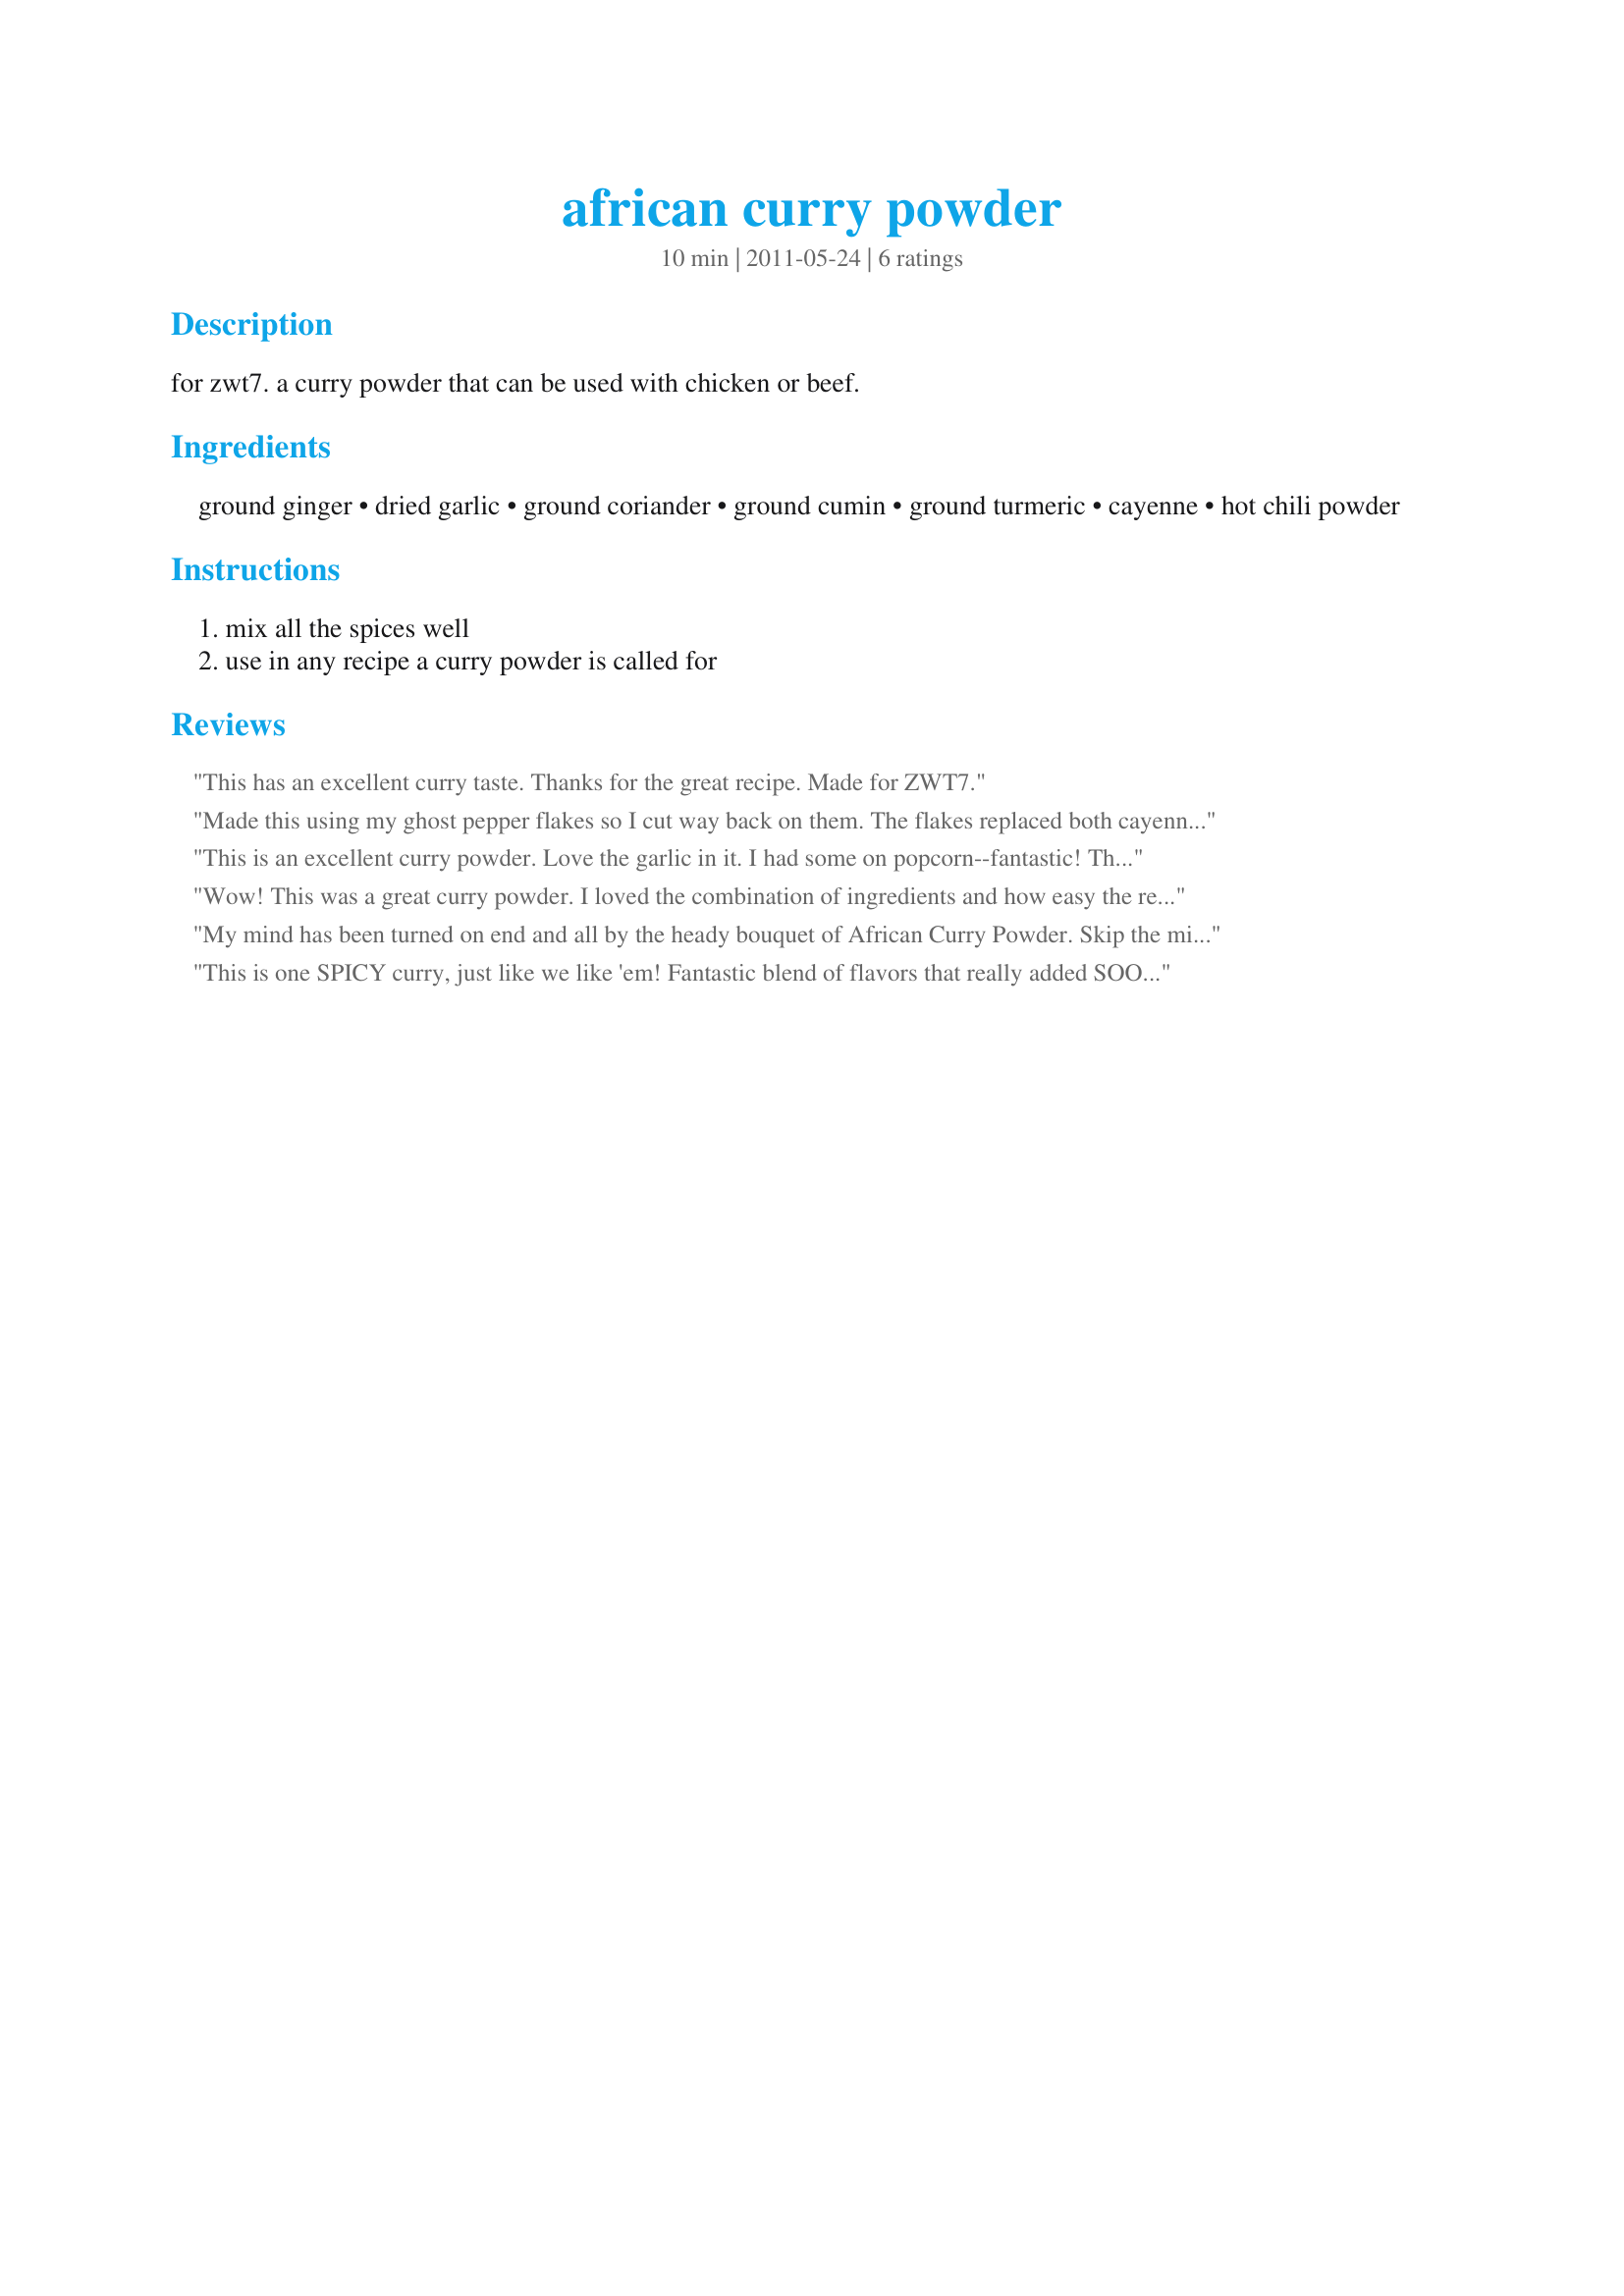
african curry powder
Preparation time: 10 minutes

for zwt7. a curry powder that can be used with chicken or beef.

Ingredients:
ground ginger, dried garlic, ground coriander, ground cumin, ground turmeric, cayenne, hot chili powder

Steps:
mix all the spices well, use in any recipe a curry powder is called for

Reviews:
This has an excellent curry taste. Thanks for the great recipe. Made for ZWT7.
Made this using my ghost pepper flakes so I cut way back on them. The flakes replaced both cayenne and hot chili powder. Made to be used in Recipe #455993. I enjoyed this better then the prepared curry powders. Thanks. Made for ZWT 2011
This is an excellent curry powder. Love the garlic in it. I had some on popcorn--fantastic! Thanks for posting! Made for ZWT Witchin Kitchen.
Wow! This was a great curry powder. I loved the combination of ingredients and how easy the recipe was! I used this in "Recipe#455721" and loved it! Thanks!
My mind has been turned on end and all by the heady bouquet of African Curry Powder. Skip the middle man; superior to store-bought. Made for ZWT7.
This is one SPICY curry, just like we like 'em! Fantastic blend of flavors that really added SOOO much to the curried chicken salad I made last night. Followed the recipe exactly, using habanero powder as the hot pepper.
